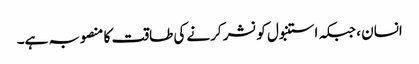
انسان ، جبکہ استنبول کو نشر کرنے کی طاقت کا منصوبہ ہے۔